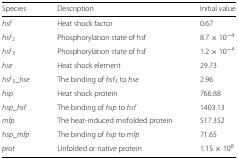
<table><thead><tr><td><b>Species</b></td><td><b>Description</b></td><td><b>Initial value</b></td></tr></thead><tbody><tr><td><i>h</i><i>s</i><i>f</i></td><td>Heat shock factor</td><td>0.67</td></tr><tr><td><i>h</i><i>s</i><i>f</i><sub>2</sub></td><td>Phosphorylation state of hsf</td><td>8.7×10<sup>−4</sup></td></tr><tr><td><i>h</i><i>s</i><i>f</i><sub>3</sub></td><td>Phosphorylation state of hsf</td><td>1.2×10<sup>−4</sup></td></tr><tr><td><i>h</i><i>s</i><i>e</i></td><td>Heat shock element</td><td>29.73</td></tr><tr><td><i>h</i><i>s</i><i>f</i><sub>3</sub>_<i>h</i><i>s</i><i>e</i></td><td>The binding of <i>h</i><i>s</i><i>f</i><sub>3</sub> to <i>hse</i></td><td>2.96</td></tr><tr><td><i>h</i><i>s</i><i>p</i></td><td>Heat shock protein</td><td>766.88</td></tr><tr><td><i>h</i><i>s</i><i>p</i>_<i>h</i><i>s</i><i>f</i></td><td>The binding of <i>hsp</i> to <i>hsf</i></td><td>1403.13</td></tr><tr><td><i>m</i><i>f</i><i>p</i></td><td>The heat-induced misfolded protein</td><td>517.352</td></tr><tr><td><i>h</i><i>s</i><i>p</i>_<i>m</i><i>f</i><i>p</i></td><td>The binding of <i>hsp</i> to <i>mfp</i></td><td>71.65</td></tr><tr><td><i>p</i><i>r</i><i>o</i><i>t</i></td><td>Unfolded or native protein</td><td>1.15×10<sup>8</sup></td></tr></tbody></table>